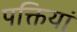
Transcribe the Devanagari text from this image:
पक्तियां